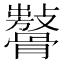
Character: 𩪨